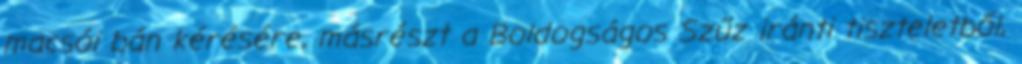
macsói bán kérésére, másrészt a Boldogságos Szűz iránti tiszteletből,